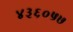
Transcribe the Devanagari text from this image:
४३६०५७